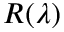
R ( \lambda )